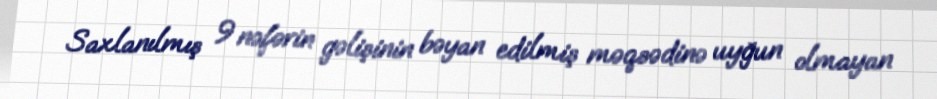
Saxlanılmış 9 nəfərin gəlişinin bəyan edilmiş məqsədinə uyğun olmayan